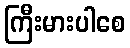
ကြီးမားပါစေ